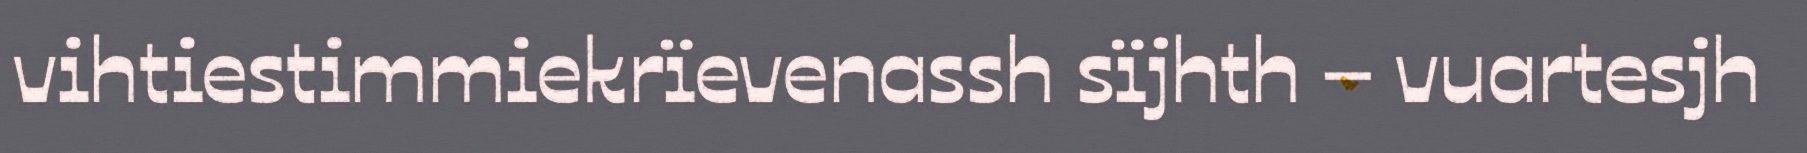
vihtiestimmiekrïevenassh sïjhth – vuartesjh